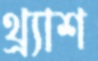
থ্র্যাশ